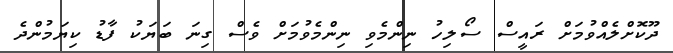
ދޫކޮށްލެއްވުމަށް ރައީސް ސޯލިހު ނިންމެވި ނިންމެވުމަށް ވެސް ގިނަ ބަޔަކު ފާޑު ކިޔަމުންދެ